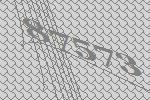
87573